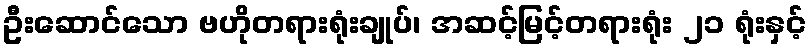
ဦးဆောင်သော ဗဟိုတရားရုံးချုပ်၊ အဆင့်မြင့်တရားရုံး ၂၁ ရုံးနှင့်